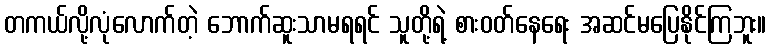
တကယ်လို့လုံလောက်တဲ့ ဘောက်ဆူးသာမရရင် သူတို့ရဲ့ စားဝတ်နေရေး အဆင်မပြေနိုင်ကြဘူး။